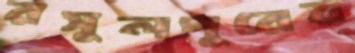
রসুলপুরের